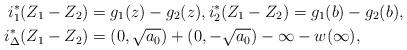
LaTeX: \begin{align*}i_1 ^* (Z_1 -Z_2 ) &= g_1 (z)-g_2 (z), i_2 ^* (Z_1 -Z_2 ) = g_1 (b)-g_2 (b), \\i_{\Delta } ^* (Z_1 -Z_2 ) &= (0,\sqrt{a_0})+(0,-\sqrt{a_0})-\infty -w(\infty ),\end{align*}